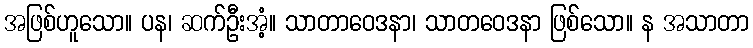
အဖြစ်ဟူသော။ ပန၊ ဆက်ဦးအံ့။ သာတာဝေဒနာ၊ သာတဝေဒနာ ဖြစ်သော။ န အသာတာ